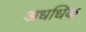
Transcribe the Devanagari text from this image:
अधधिक